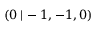
( 0 \, | \, - 1 , - 1 , 0 )